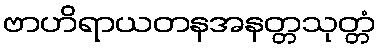
ဗာဟိရာယတနအနတ္တသုတ္တံ